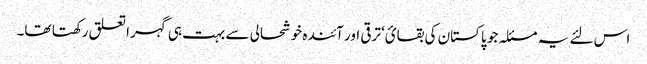
اس لئے یہ مسئلہ جو پاکستان کی بقائ‘ ترقی اور آئندہ خوشحالی سے بہت ہی گہرا تعلق رکھتا تھا۔